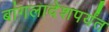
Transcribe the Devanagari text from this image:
बांगलादेशपर्यंत